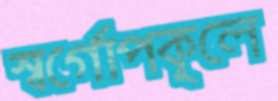
স্বর্গোপকূলে